Burma Government Medical School reports 1923-41
Year: 1923
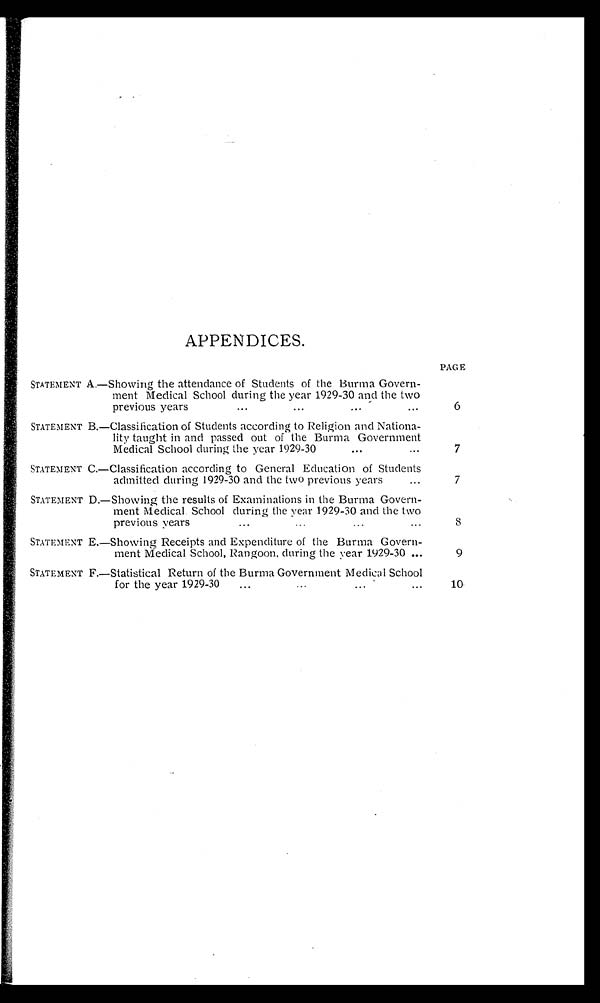
APPENDICES.
PAGE
STATEMENT A.—Showi ng the attendance of Students of the Burma Govern-ment Medi cal School duri ng the year 1929-30 and the two previ ous years
6
STATEMENT B. —Cl assi f i cat i on of St udent s accordi ng t o Rel i gi on and Nat i ona-l i t y t aught i n and passed out of t he Burma Government Medi cal School duri ng t he year 1929-30
7
STATEMENT C.–Classification according to General Education of Students admitted during 1929-30 and the two previous years
7
STATEMENT D.—Showi ng the resul ts of Exami nati ons i n the Burma Govern-ment Medi cal School duri ng the year 1929-30 and the two previ ous years
8
STATEMENT E.—Showing Receipts and Expenditure of the Burma Govern-ment Medical School, Rangoon, during the year 1929-30
9
STATEMENT F.–Statistical Return of the Burma Government Medical School for the year 1929-30
10